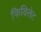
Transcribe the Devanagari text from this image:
फिविलेट